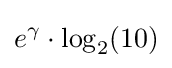
e^{\gamma }\cdot \log _{2}(10)